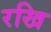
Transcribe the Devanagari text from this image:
रखि